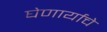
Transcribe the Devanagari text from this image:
घेणार्याचे